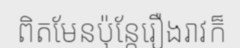
ពិតមែនប៉ុន្តែរឿងរាវក៏